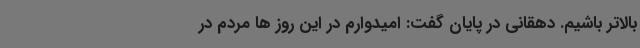
بالاتر باشیم. دهقانی در پایان گفت: امیدوارم در این روز ها مردم در